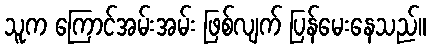
သူက ကြောင်အမ်းအမ်း ဖြစ်လျက် ပြန်မေးနေသည်။